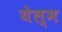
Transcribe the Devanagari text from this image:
येल्म